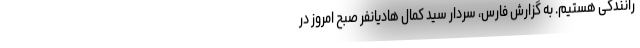
رانندگی هستیم. به گزارش فارس، سردار سید کمال هادیانفر صبح امروز در